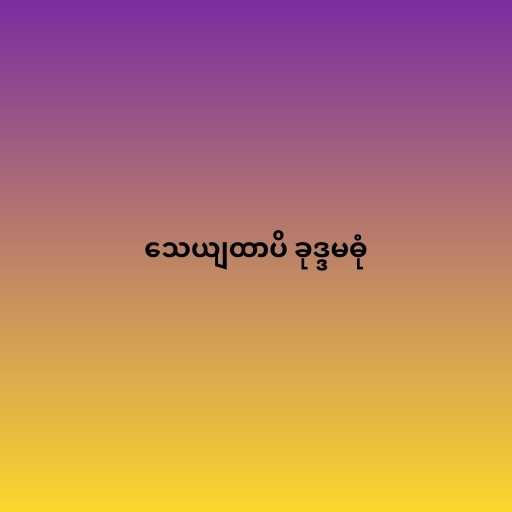
သေယျထာပိ ခုဒ္ဒမဓုံ